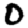
Digit: 0